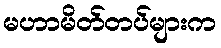
မဟာမိတ်တပ်များက